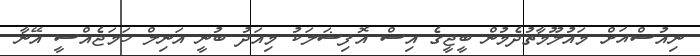
ނިއުސްއަށް މައުލޫމާތުދެމުން ބީޖީގެ އިސް އޮފިޝަލަކު މިއަދު ބުނީ އަނިލް ހަމަޖެއްސީ އޭނާ